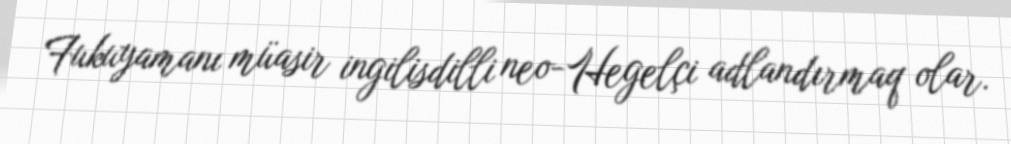
Fukuyamanı müasir ingilisdilli neo-Hegelçi adlandırmaq olar.